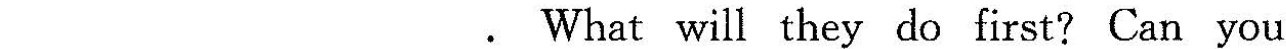
___ ___. What will they do first? Can you